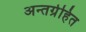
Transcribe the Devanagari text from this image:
अन्तर्ग्रहित